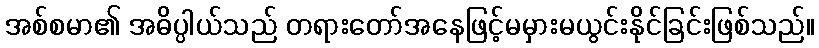
အစ်စမာ၏ အဓိပ္ပါယ်သည် တရားတော်အနေဖြင့်မမှားမယွင်းနိုင်ခြင်းဖြစ်သည်။